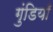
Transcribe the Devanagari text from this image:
गुंडियाँ